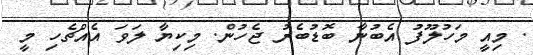
. މިއީ މަހުލޫފު އެބުނާ ބޮޑުުބެރު ޖެހުން. މިކިޔާ ލަވަ އެއްޗެހި މީ